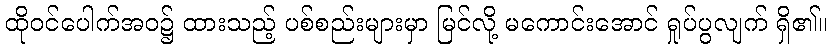
ထိုဝင်ပေါက်အဝ၌ ထားသည့် ပစ်စည်းများမှာ မြင်လို့ မကောင်းအောင် ရှုပ်ပွလျက် ရှိ၏။